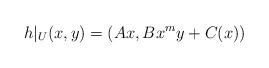
LaTeX: \begin{align*}h|_U(x,y) = (Ax, Bx^{m}y+C(x))\end{align*}